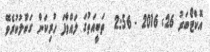
އޮކްޓޯބަރު 26